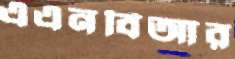
এএনবিআর